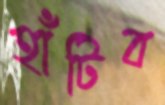
হাঁটিব